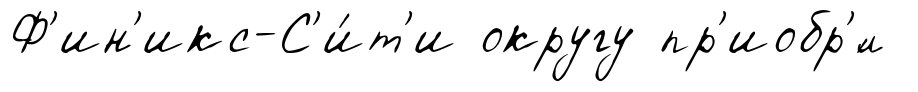
Ф'ин'икс-С'и́т'и округу пр'иобр'́л